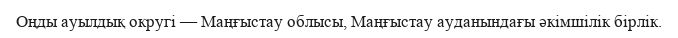
Оңды ауылдық округі — Маңғыстау облысы, Маңғыстау ауданындағы әкімшілік бірлік.